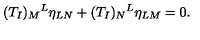
( T _ { I } ) _ { M } { } ^ { L } \eta _ { L N } + ( T _ { I } ) _ { N } { } ^ { L } \eta _ { L M } = 0 .